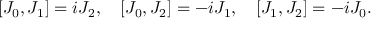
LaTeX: \left[ J _ { 0 } , J _ { 1 } \right] = i J _ { 2 } , \quad \left[ J _ { 0 } , J _ { 2 } \right] = - i J _ { 1 } , \quad \left[ J _ { 1 } , J _ { 2 } \right] = - i J _ { 0 } .